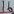
Text: 16